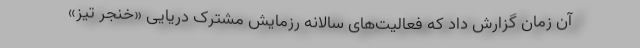
آن زمان گزارش داد که فعالیت‌های سالانه رزمایش مشترک دریایی «خنجر تیز»